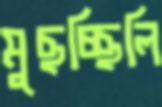
মুছচ্ছিলি